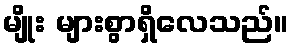
မျိုး များစွာရှိလေသည်။